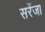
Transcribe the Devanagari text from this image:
सरेंजा